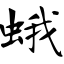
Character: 蛾